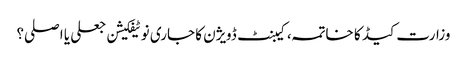
وزارت کیڈ کا خاتمہ، کیبنٹ ڈویژن کا جاری نوٹیفکیشن جعلی یا اصلی؟